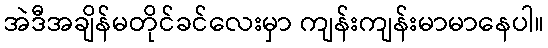
အဲဒီအချိန်မတိုင်ခင်လေးမှာ ကျန်းကျန်းမာမာနေပါ။